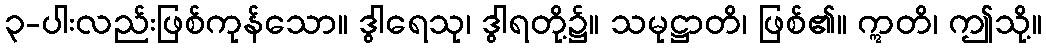
၃-ပါးလည်းဖြစ်ကုန်သော။ ဒွါရေသု၊ ဒွါရတို့၌။ သမုဋ္ဌာတိ၊ ဖြစ်၏။ ဣတိ၊ ဤသို့။